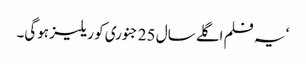
‘ یہ فلم اگلے سال 25 جنوری کو ریلیز ہوگی۔